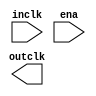

module rv32i_cken (
	inclk,
	ena,
	outclk);	

	input		inclk;
	input		ena;
	output		outclk;
endmodule